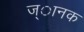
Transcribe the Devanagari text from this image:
ज्ानक